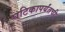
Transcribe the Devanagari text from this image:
घटिकापर्यंतची